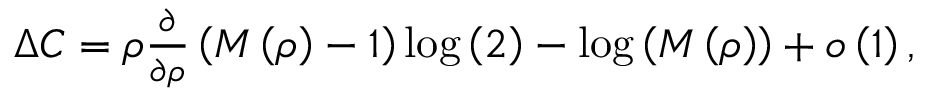
\begin{array} { r } { \Delta C = \rho \frac { \partial } { \partial \rho } \left( M \left( \rho \right) - 1 \right) \log \left( 2 \right) - \log \left( M \left( \rho \right) \right) + o \left( 1 \right) , } \end{array}